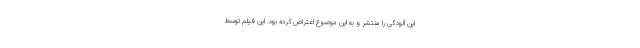
این آلودگی را منتشر و به این موضوع اعتراض کرده بود. این فیلم توسط